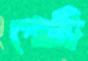
পোট্টি